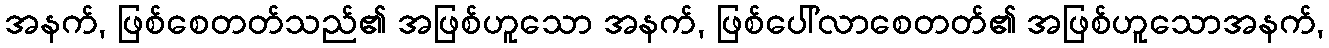
အနက်, ဖြစ်စေတတ်သည်၏ အဖြစ်ဟူသော အနက်, ဖြစ်ပေါ်လာစေတတ်၏ အဖြစ်ဟူသောအနက်,